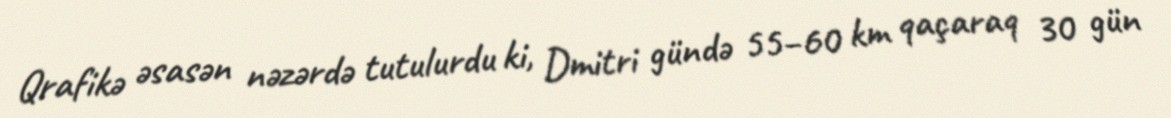
Qrafikə əsasən nəzərdə tutulurdu ki, Dmitri gündə 55–60 km qaçaraq 30 gün